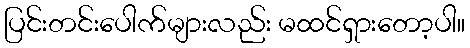
ပြင်းတင်းပေါက်များလည်း မထင်ရှားတော့ပါ။